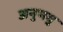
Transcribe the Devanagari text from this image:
अनुभवु